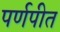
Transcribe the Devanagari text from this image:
पर्णपीत